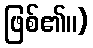
ဖြစ်၏။)